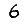
Digit: 6